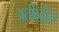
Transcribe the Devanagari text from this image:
अतीन्‍द्रीय